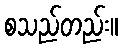
စသည်တည်း။